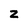
Character: z